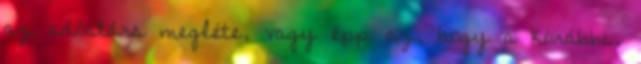
az adóstárs megléte, vagy épp az, hogy a korábbi.